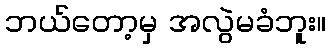
ဘယ်တော့မှ အလွဲမခံဘူး။